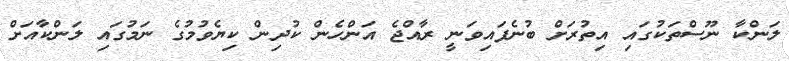
ލަންކާ ނޫސްތަކުގައި އިތުރަށް ބުނެފައިވަނީ ރާއްޖެ އަންހެން ކުދިން ކިޔެވުމުގެ ނަމުގައި ލަންކާއަށް